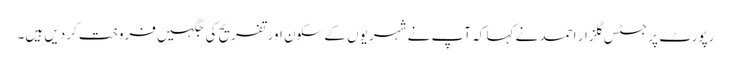
رپورٹ پر جسٹس گلزار احمد نے کہا کہ آپ نے شہریوں کے سکون اور تفریح کی جگہیں فروخت کردیں ہیں۔